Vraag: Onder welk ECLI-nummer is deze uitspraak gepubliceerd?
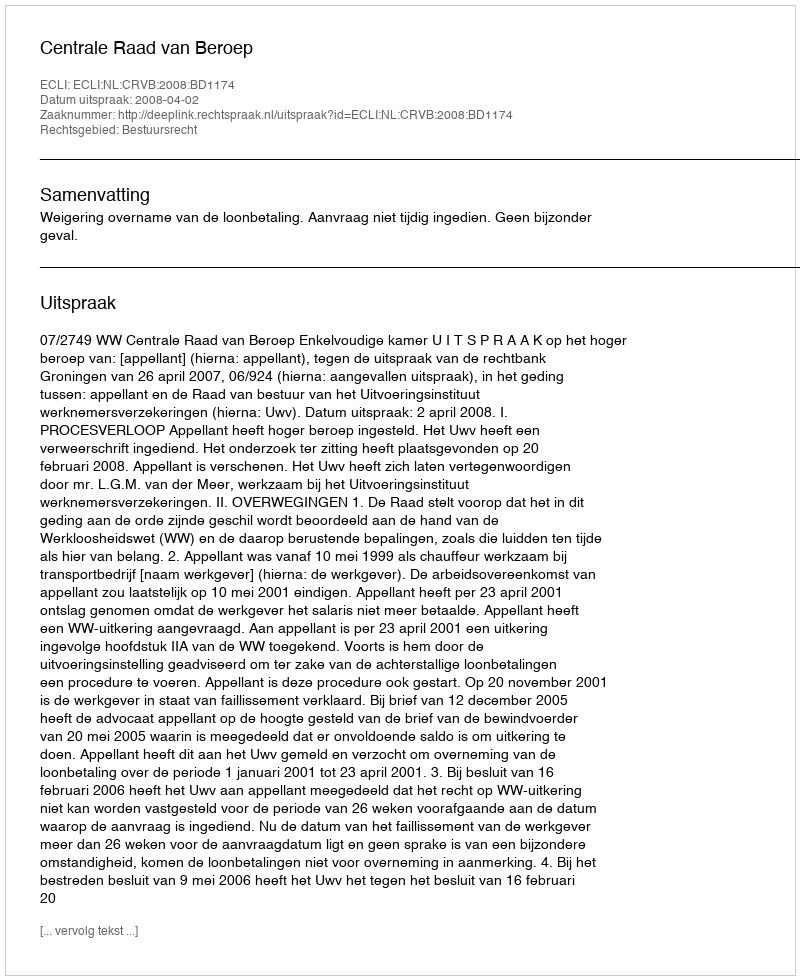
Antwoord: ECLI:NL:CRVB:2008:BD1174